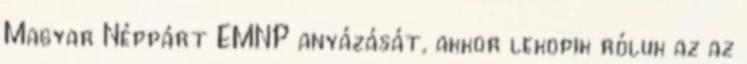
Magyar Néppárt EMNP anyázását, akkor lekopik róluk az az